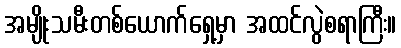
အမျိုးသမီးတစ်ယောက်ရှေ့မှာ အထင်လွဲစရာကြီး။